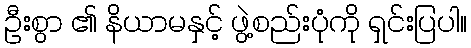
ဦးစွာ ၏ နိယာမနှင့် ဖွဲ့စည်းပုံကို ရှင်းပြပါ။